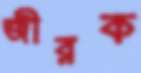
জীরক